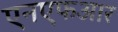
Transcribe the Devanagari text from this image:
एनएफआर